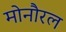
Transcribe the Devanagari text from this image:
मोनौरल